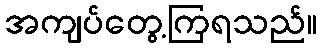
အကျပ်တွေ့ကြရသည်။